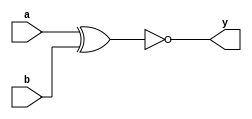
module EQ (
input a, b,
output y
);
wire n;
xor(n,a,b);
not(y,n);

endmodule